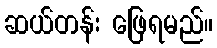
ဆယ်တန်း ဖြေရမည်။